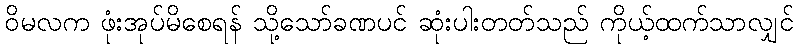
ဝိမလက ဖုံးအုပ်မိစေရန် သို့သော်ခဏပင် ဆုံးပါးတတ်သည် ကိုယ့်ထက်သာလျှင်